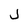
Character: J